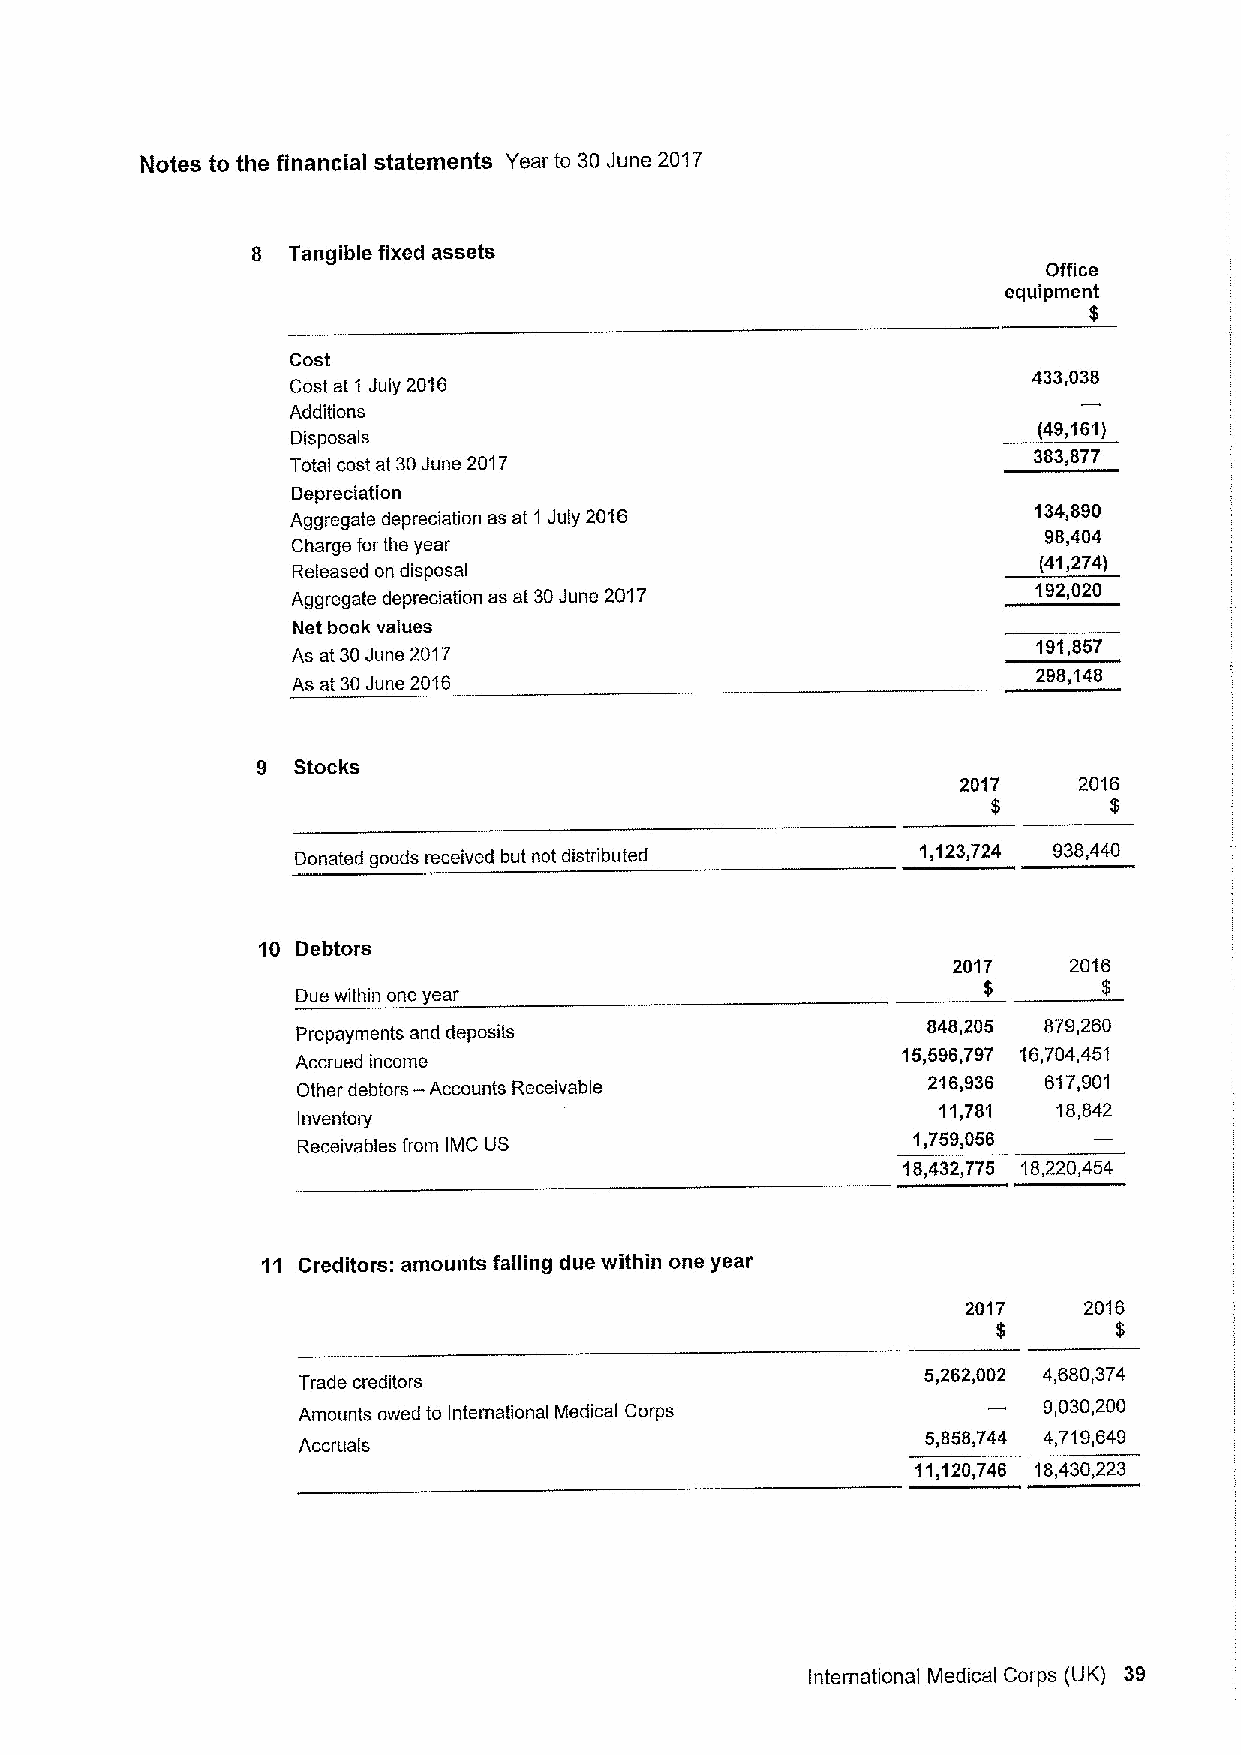
Notes to the financial statements Year to 30June 2017
 8 Tangible fixed assets
 Office
 equipment
 $
 Cost
 433,038
 Cost at 1 July 2016
 Additions
 (49,161)
 Disposals
 Total cost at 30June 2017                        383,877
 Depreciation
 Aggregate depreciation as at 1 July 2016         134,890
 98,404
 Charge for the year
 (41,274)
 Released on disposal
 Aggregate depreciation as at 30June 2017          192,020
 Net book values
 191,857
 As at 30June 2017
 298„148
 As at 30June 2016
 9 Stocks
 2017   2016
 $      $
 Donated goods received but not distributed
 1,123,724 938,440
 10 Debtors
 2017    2016
 Due within one year                          $       $
 848,205 879,260
 Prepayments and deposits
 15,596,797 16,704,451
 Accrued income
 Other debtors —Accounts Receivable       216,936 617,901
 11,781  18,842
 Inventory
 Receivables from IMC US
 1,759,056
 18,432,775 18,220,454
 11 Creditors: amounts falling due within one year
 2017    2016
 $       $
 Trade creditors
 5,262,002 4,680,374
 Amounts owed to International Medical Corps
 9,030,200
 5,858,744 4,719,649
 Accruafs
 11,120,746 18,430,223
 International Medical Corps (UK) 39